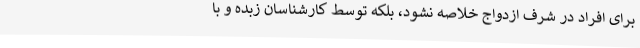
برای افراد در شرف ازدواج خلاصه نشود، بلکه توسط کارشناسان زبده و با